Insane asylums in Bengal annual reports 1876-1887 - 1876-1887
Year: 1876
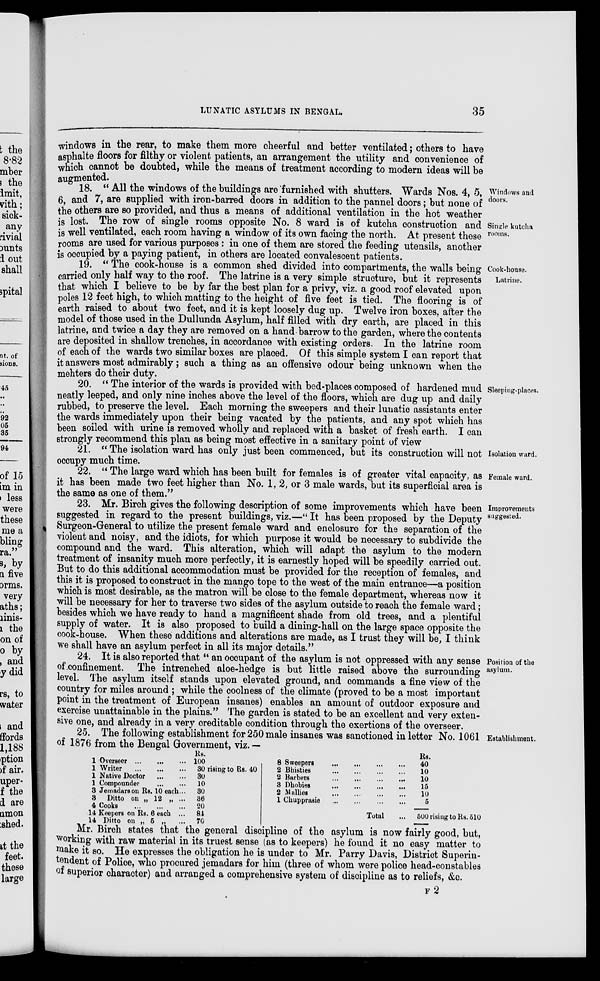
LUNATIC ASYLUMS IN BENGAL.
35
windows in the rear, to make them more cheerful and better ventilated; others to have
asphalte floors for filthy or violent patients, an arrangement the utility and convenience of
which cannot be doubted, while the means of treatment according to modern ideas will be
augmented.
Windows and
doors.
Single kutcha
rooms.
18. “ All the windows of the buildings are furnished with shutters. Wards Nos. 4, 5,
6, and 7, are supplied with iron-barred doors in addition to the pannel doors; but none of
the others are so provided, and thus a means of additional ventilation in the hot weather
is lost. The row of single rooms opposite No. 8 ward is of kutcha construction and
is well ventilated, each room having a window of its own facing the north. At present these
rooms are used for various purposes : in one of them are stored the feeding utensils, another
is occupied by a paying patient, in others are located convalescent patients.
Cook-house.
Latrine.
19. “ The cook-house is a common shed divided into compartments, the walls being
carried only half way to the roof. The latrine is a very simple structure, but it represents
that which I believe to be by far the best plan for a privy, viz. a good roof elevated upon
poles 12 feet high, to which matting to the height of five feet is tied. The flooring is of
earth raised to about two feet, and it is kept loosely dug up. Twelve iron boxes, after the
model of those used in the Dullunda Asylum, half filled with dry earth, are placed in this
latrine, and twice a day they are removed on a hand barrow to the garden, where the contents
are deposited in shallow trenches, in accordance with existing orders. In the latrine room
of each of the wards two similar boxes are placed. Of this simple system I can report that
it answers most admirably; such a thing as an offensive odour being unknown when the
mehters do their duty.
Sleeping places.
20. “ The interior of the wards is provided with bed-places composed of hardened mud
neatly leeped, and only nine inches above the level of the floors, which are dug up and daily
rubbed, to preserve the level. Each morning the sweepers and their lunatic assistants enter
the wards immediately upon their being vacated by the patients, and any spot which has
been soiled with urine is removed wholly and replaced with a basket of fresh earth. I can
strongly recommend this plan as being most effective in a sanitary point of view
Isolation ward.
21. “ The isolation ward has only just been commenced, but its construction will not
occupy much time.
Female ward.
22. “ The large ward which has been built for females is of greater vital capacity, as
it has been made two feet higher than No. 1, 2, or 3 male wards, but its superficial area is
the same as one of them.”
Improvements
suggested.
23. Mr. Birch gives the following description of some improvements which have been
suggested in regard to the present buildings, viz.—“It has been proposed by the Deputy
Surgeon-General to utilize the present female ward and enclosure for the separation of the
violent and noisy, and the idiots, for which purpose it would be necessary to subdivide the
compound and the ward. This alteration, which will adapt the asylum to the modern
treatment of insanity much more perfectly, it is earnestly hoped will be speedily carried out.
But to do this additional accommodation must be provided for the reception of females, and
this it is proposed to construct in the mango tope to the west of the main entrance—a position
which is most desirable, as the matron will be close to the female department, whereas now it
will be necessary for her to traverse two sides of the asylum outside to reach the female ward;
besides which we have ready to hand a magnificent shade from old trees, and a plentiful
supply of water. It is also proposed to build a dining-hall on the large space opposite the
cook-house. When these additions and alterations are made, as I trust they will be, I think
we shall have an asylum perfect in all its major details.”
Position of the
asylum.
24. It is also reported that “ an occupant of the asylum is not oppressed with any sense
of confinement. The intrenched aloe-hedge is but little raised above the surrounding
level. The asylum itself stands upon elevated ground, and commands a fine view of the
country for miles around ; while the coolness of the climate (proved to be a most important
point in the treatment of European insanes) enables an amount of outdoor exposure and
exercise unattainable in the plains.” The garden is stated to be an excellent and very exten-
sive one, and already in a very creditable condition through the exertions of the overseer.
Establishment.
25. The following establishment for 250 male insanes was sanctioned in letter No. 1061
of 1876 from the Bengal Government, viz. —
1 Overseer
...
...
...
1 Writer
...
...
...
1 Native Doctor ... ...
1 Compounder ... ...
3 Jemadars on Rs. 10 each...
3
Ditto on „ 12 „ ...
4 Cooks
...
...
...
14 Keepers on Rs. 6 each ...
14 Ditto on „ 5 „ ...
Rs.
100
30 rising to Rs. 40
30
10
30
36
20
84
70
8 Sweepers ... ... ... ...
2 Bhisties
...
...
...
...
2 Barbers
...
...
...
...
3 Dhobies
...
...
...
...
2 Mallies
...
...
...
...
1 Chupprasie
...
...
...
...
Total ...
Rs.
40
10
10
15
10
6
—
500 rising to Rs. 510
—
Mr. Birch states that the general discipline of the asylum is now fairly good, but,
working with raw material in its truest sense (as to keepers) he found it no easy matter to
make it so. He expresses the obligation he is under to Mr. Parry Davis, District Superin-
tendent of Police, who procured jemadars for him (three of whom were police head-constables
of superior character) and arranged a comprehensive system of discipline as to reliefs, &c.
F2